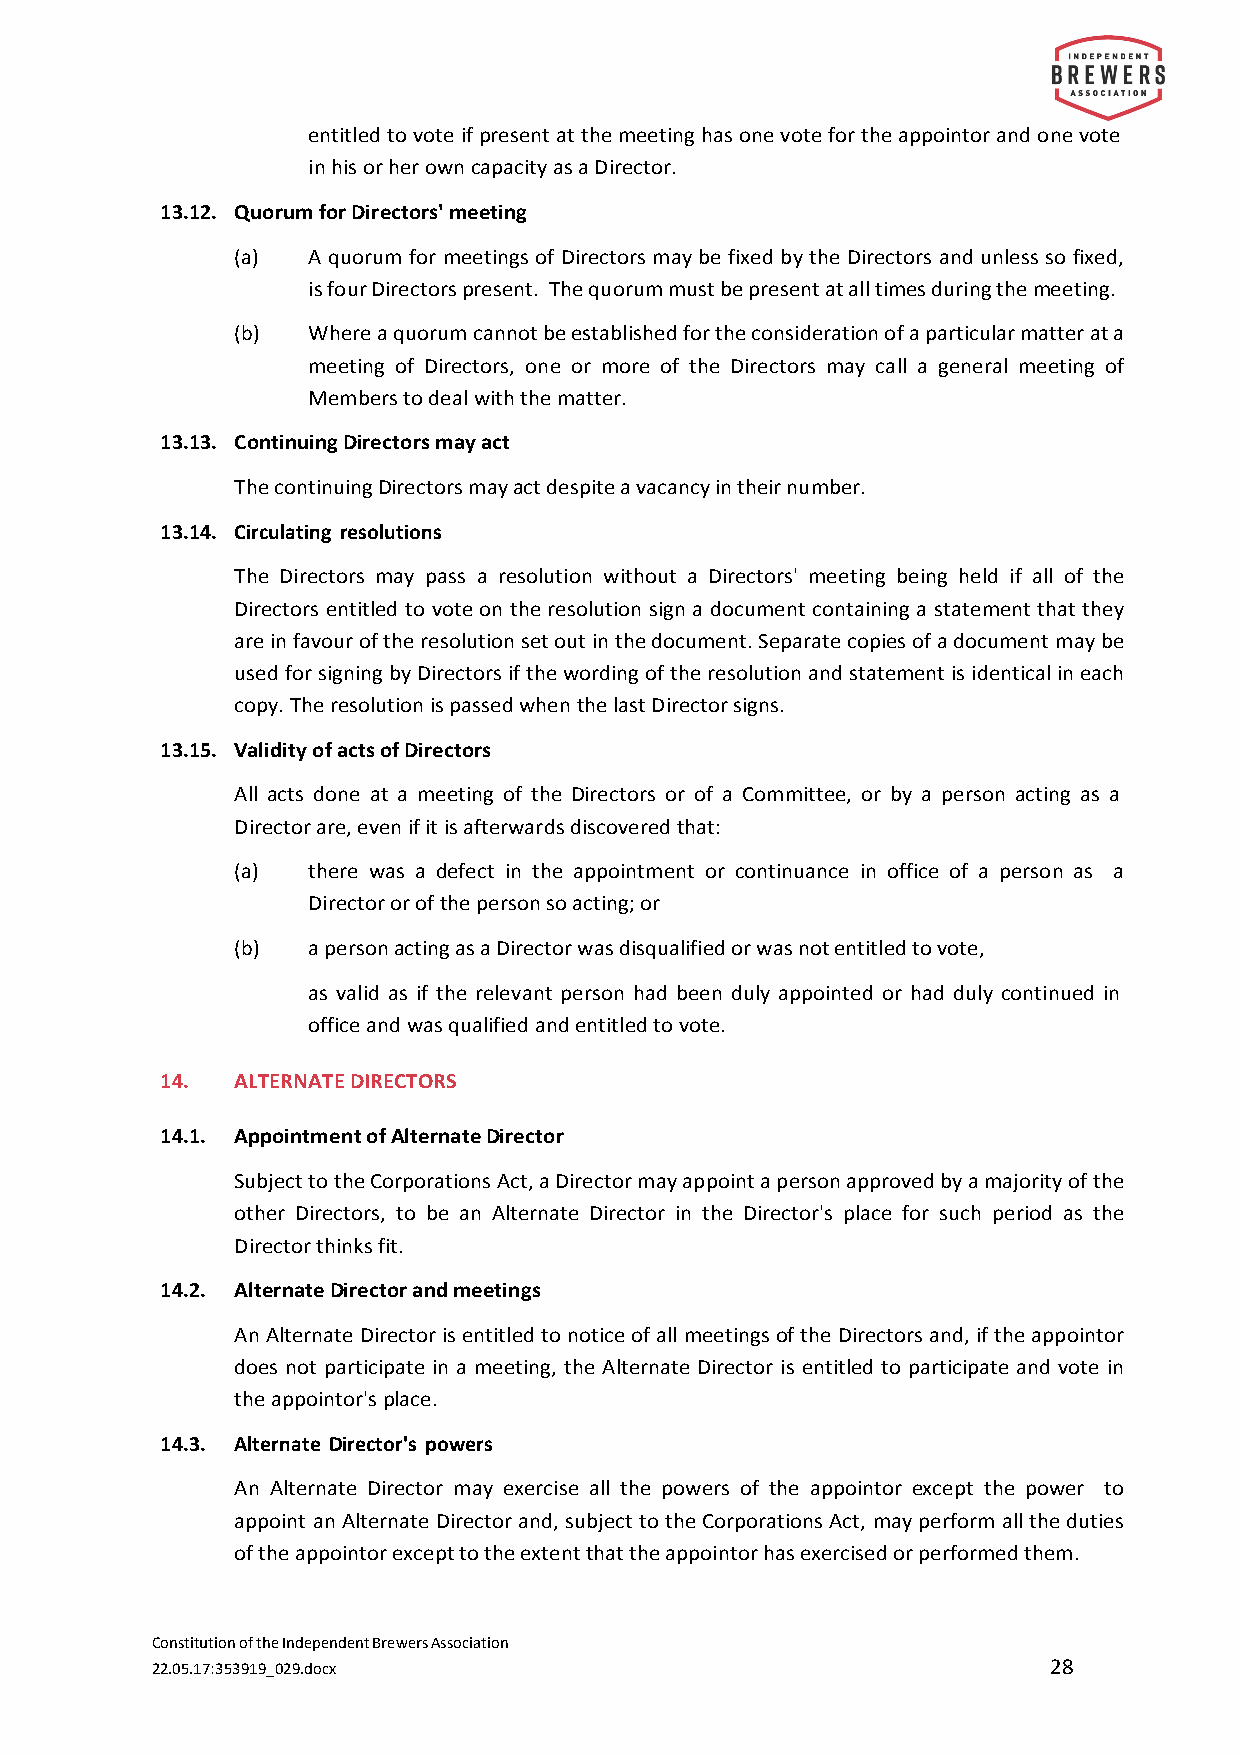
entitled to vote if present at the meeting has one vote for the appointor and one vote
 in his or her own capacity as a Director.
 13.12. Quorum for Directors' meeting
 (a) A quorum for meetings of Directors may be fixed by the Directors and unless so fixed,
 is four Directors present. The quorum must be present at all times during the meeting.
 (b) Where a quorum cannot be established for the consideration of a particular matter at a
 meeting of Directors, one or more of the Directors may call a general meeting of
 Members to deal with the matter.
 13.13. Continuing Directors may act
 The continuing Directors may act despite a vacancy in their number.
 13.14. Circulating resolutions
 The Directors may pass a resolution without a Directors' meeting being held if all of the
 Directors entitled to vote on the resolution sign a document containing a statement that they
 are in favour of the resolution set out in the document. Separate copies of a document may be
 used for signing by Directors if the wording of the resolution and statement is identical in each
 copy. The resolution is passed when the last Director signs.
 13.15. Validity of acts of Directors
 All acts done at a meeting of the Directors or of a Committee, or by a person acting as a
 Director are, even if it is afterwards discovered that:
 (a) there was a defect in the appointment or continuance in office of a person as a
 Director or of the person so acting; or
 (b) a person acting as a Director was disqualified or was not entitled to vote,
 as valid as if the relevant person had been duly appointed or had duly continued in
 office and was qualified and entitled to vote.
 14.  ALTERNATE DIRECTORS
 14.1. Appointment of Alternate Director
 Subject to the Corporations Act, a Director may appoint a person approved by a majority of the
 other Directors, to be an Alternate Director in the Director's place for such period as the
 Director thinks fit.
 14.2. Alternate Director and meetings
 An Alternate Director is entitled to notice of all meetings of the Directors and, if the appointor
 does not participate in a meeting, the Alternate Director is entitled to participate and vote in
 the appointor's place.
 14.3. Alternate Director's powers
 An Alternate Director may exercise all the powers of the appointor except the power to
 appoint an Alternate Director and, subject to the Corporations Act, may perform all the duties
 of the appointor except to the extent that the appointor has exercised or performed them.
 Constitution of the Independent Brewers Association
 22.05.17:353919_029.docx                                    28